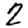
Digit: 2